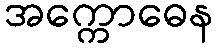
အက္ကောဓေန